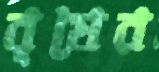
বৃষের